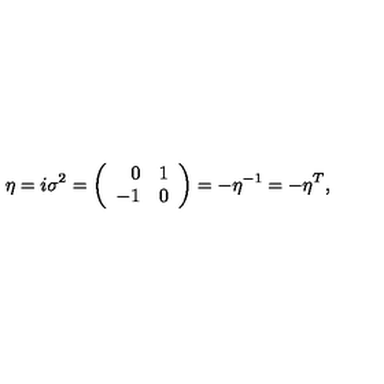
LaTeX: \eta = i \sigma ^ { 2 } = \left( \begin{array} { r c } { 0 } & { 1 } \\ { - 1 } & { 0 } \\ \end{array} \right) = - \eta ^ { - 1 } = - \eta ^ { T } ,